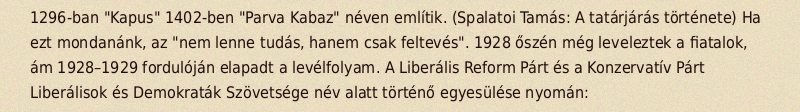
1296-ban "Kapus" 1402-ben "Parva Kabaz" néven említik. (Spalatoi Tamás: A tatárjárás története) Ha ezt mondanánk, az "nem lenne tudás, hanem csak feltevés". 1928 őszén még leveleztek a fiatalok, ám 1928–1929 fordulóján elapadt a levélfolyam. A Liberális Reform Párt és a Konzervatív Párt Liberálisok és Demokraták Szövetsége név alatt történő egyesülése nyomán: